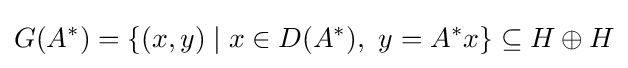
G(A^{*})=\{(x,y)\mid x\in D(A^{*}),\ y=A^{*}x\}\subseteq H\oplus H